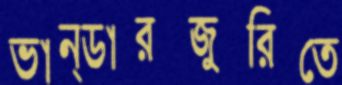
ভান্ডারজুরিতে